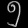
Digit: ၅